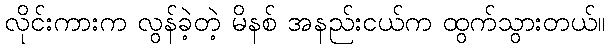
လိုင်းကားက လွန်ခဲ့တဲ့ မိနစ် အနည်းငယ်က ထွက်သွားတယ်။